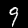
Digit: 9